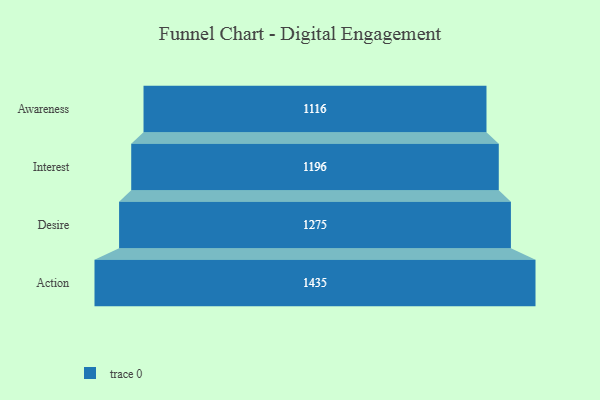
{"axis": {"x": "Stage", "y": "Value"}, "legend": [""], "data": [{"x": "Awareness", "y": 1116.0, "type": ""}, {"x": "Interest", "y": 1196.0, "type": ""}, {"x": "Desire", "y": 1275.0, "type": ""}, {"x": "Action", "y": 1435.0, "type": ""}]}